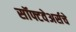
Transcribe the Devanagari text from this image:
सॉफ्टवेअर्सचे